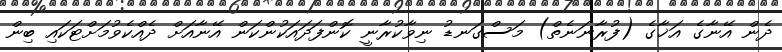
ދެން އޭނާގެ އަޚާގެ (ފުރާނަނެތް) މަސްގަނޑު ނިވާކުރާނީ ކޮންފަދައަކުންކަން އޭނާއަށް ދެއްކެވުމަށްޓަކައި ބިން